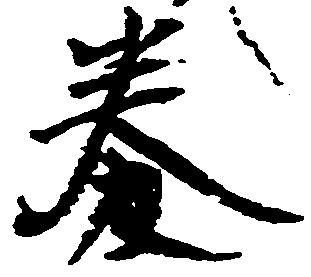
券